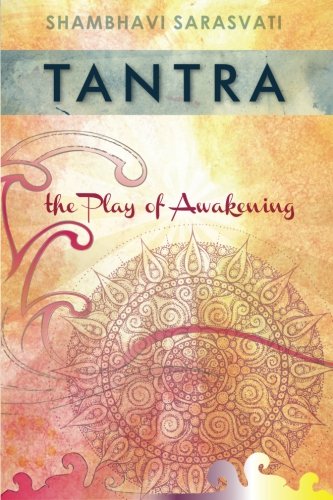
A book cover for Tantra: the Play of Awakening; Shambhavi Sarasvati; Religion & Spirituality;